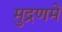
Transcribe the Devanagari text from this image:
मुद्रणमें